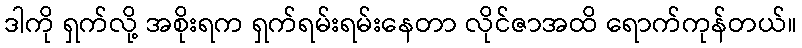
ဒါကို ရှက်လို့ အစိုးရက ရှက်ရမ်းရမ်းနေတာ လိုင်ဇာအထိ ရောက်ကုန်တယ်။